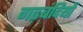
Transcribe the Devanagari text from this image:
गढ़बंदियों